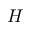
H